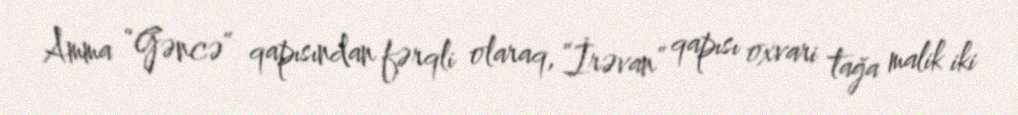
Amma “Gəncə” qapısından fərqli olaraq, “İrəvan” qapısı oxvari tağa malik iki